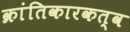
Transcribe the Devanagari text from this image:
क्रांतिकारकत्व